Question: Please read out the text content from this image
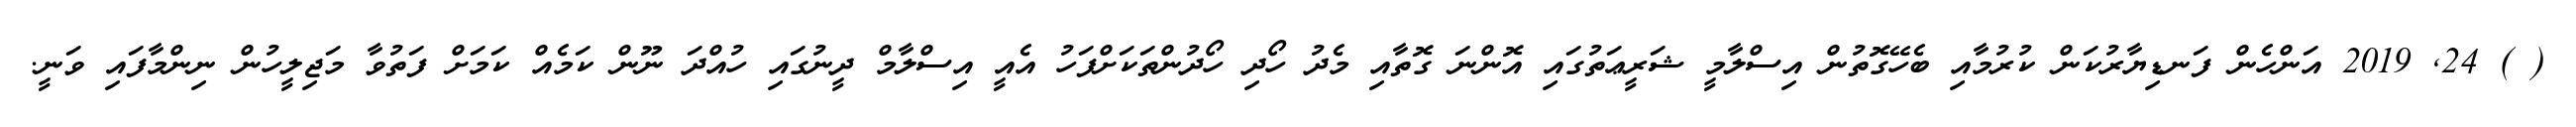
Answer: ( ) 24, 2019 އަންހެން ފަނޑިޔާރުކަން ކުރުމާއި ބެހޭގޮތުން އިސްލާމީ ޝަރީޢަތުގައި އޮންނަ ގޮތާއި މެދު ހޯދި ހޯދުންތަކަށްފަހު އެއީ އިސްލާމް ދީނުގައި ހުއްދަ ނޫން ކަމެއް ކަމަށް ފަތުވާ މަޖިލީހުން ނިންމާފައި ވަނީ.